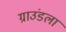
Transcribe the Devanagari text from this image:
ग्राउंडला